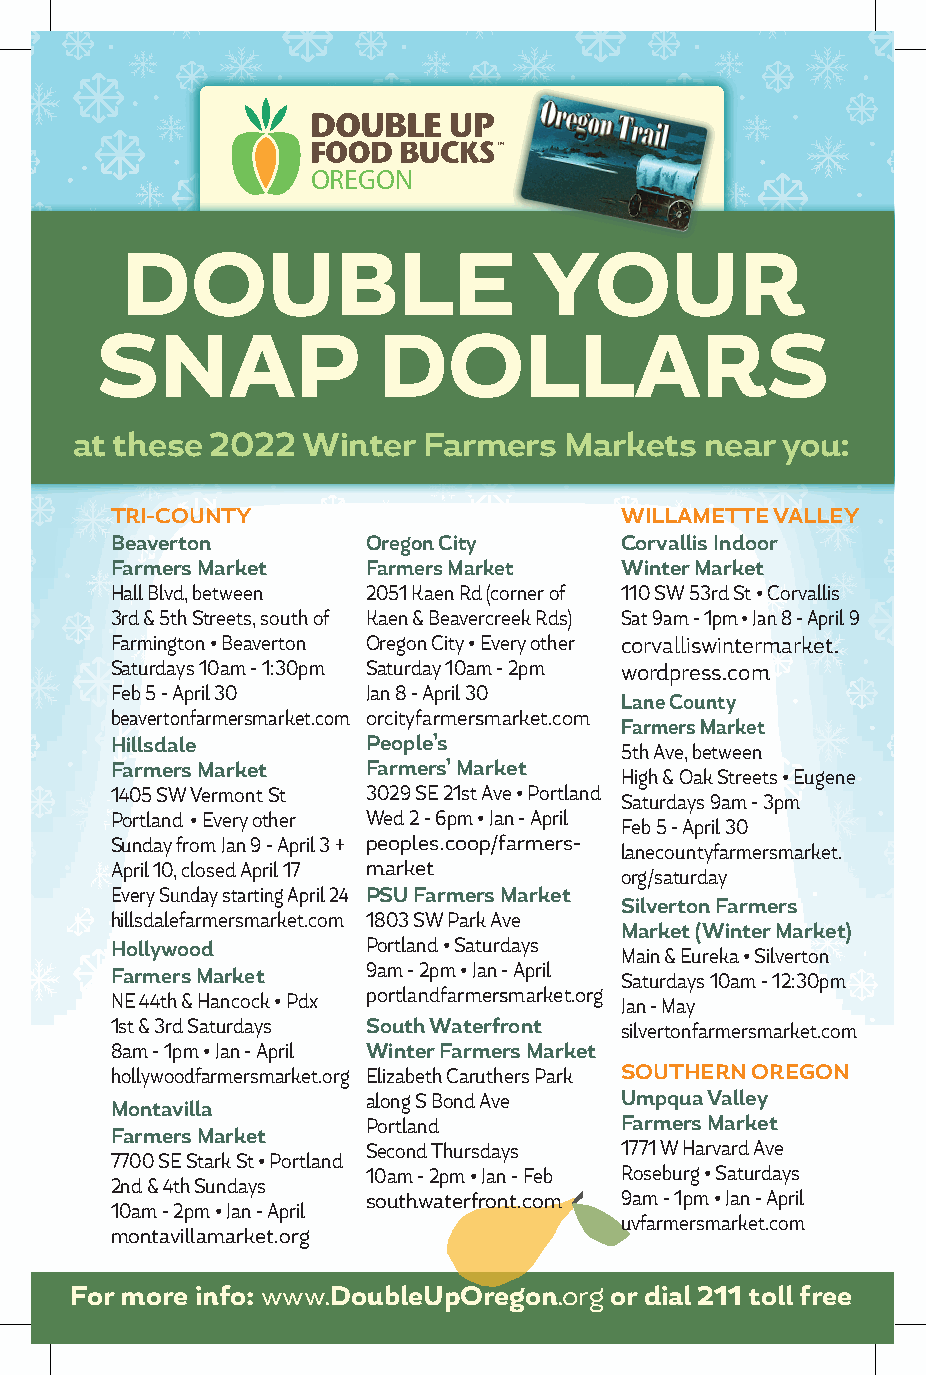
OREGON
 DOUBLE                     YOUR
 SNAP               DOLLARS
 at these 2022  Winter  Farmers  Markets   near you:
 TRI-COUNTY                        WILLAMETTE VALLEY
 Beaverton        Oregon City      Corvallis Indoor
 Farmers Market   Farmers Market   Winter Market
 Hall Blvd, between 2051 Kaen Rd (corner of 110 SW 53rd St • Corvallis
 3rd & 5th Streets, south of Kaen & Beavercreek Rds) Sat 9am - 1pm • Jan 8 - April 9
 Farmington • Beaverton Oregon City • Every other corvalliswintermarket.
 Saturdays 10am - 1:30pm Saturday 10am - 2pm wordpress.com
 Feb 5 - April 30 Jan 8 - April 30
 Lane County
 beavertonfarmersmarket.com orcityfarmersmarket.com
 Farmers Market
 Hillsdale        People’s         5th Ave, between
 Farmers Market   Farmers’ Market  High & Oak Streets • Eugene
 1405 SW Vermont St 3029 SE 21st Ave • Portland
 Saturdays 9am - 3pm
 Portland • Every other Wed 2 - 6pm • Jan - April
 Feb 5 - April 30
 Sunday from Jan 9 - April 3 + peoples.coop/farmers-
 lanecountyfarmersmarket.
 April 10, closed April 17 market
 org/saturday
 Every Sunday starting April 24 PSU Farmers Market
 Silverton Farmers
 hillsdalefarmersmarket.com 1803 SW Park Ave
 Market (Winter Market)
 Hollywood        Portland • Saturdays Main & Eureka • Silverton
 9am - 2pm • Jan - April
 Farmers Market                    Saturdays 10am - 12:30pm
 NE 44th & Hancock • Pdx portlandfarmersmarket.org Jan - May
 1st & 3rd Saturdays South Waterfront silvertonfarmersmarket.com
 8am - 1pm • Jan - April Winter Farmers Market
 hollywoodfarmersmarket.org Elizabeth Caruthers Park SOUTHERN OREGON
 along S Bond Ave Umpqua Valley
 Montavilla
 Portland         Farmers Market
 Farmers Market
 Second Thursdays 1771 W Harvard Ave
 7700 SE Stark St • Portland
 10am - 2pm • Jan - Feb Roseburg • Saturdays
 2nd & 4th Sundays
 southwaterfront.com 9am - 1pm • Jan - April
 10am - 2pm • Jan - April
 uvfarmersmarket.com
 montavillamarket.org
 For more info: www.DoubleUpOregon.org or dial 211 toll free